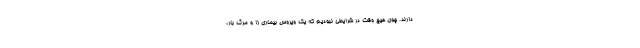
دارند. چون هیج وقت در شرایطی نبودیم که یک ویروس بیماری زا و مرگ بار،